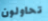
تحاولون